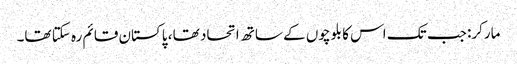
مارکر: جب تک اس کا بلوچوں کے ساتھ اتحاد تھا ، پاکستان قائم رہ سکتا تھا۔